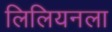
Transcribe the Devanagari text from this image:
लिलियनला